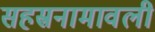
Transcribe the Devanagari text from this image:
सहस्रनामावली